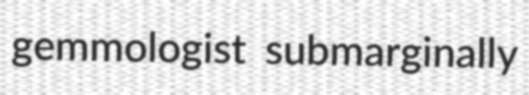
gemmologist submarginally